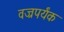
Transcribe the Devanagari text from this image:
वज्रपर्यंक